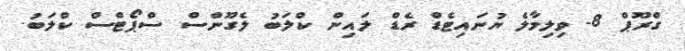
ގްރޫޕް 8- ވިލިމާލެ ޔުނައިޓެޑް ރެޑް ލައިން ކްލަބު ލެގޫންސް ސްޕޯޓްސް ކްލަބު.